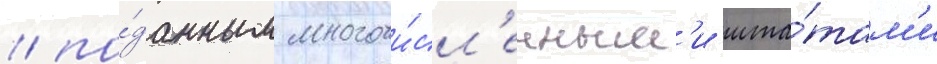
/ по́данным многочи́сл'енным'и шта́там'и